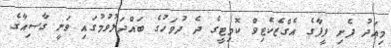
މިއަދު ފެށި ފީފާގެ އެގްޒެކެޓިވް ކޮމިޓީގެ ދެ ދުވަހުގެ ބައްދަލުވުމުގައި ވަނީ ގާސިއާގެ